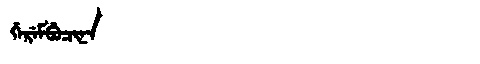
Manchu: ᡤᡝᡵᡝᠮᠪᡠᠴᡳᠨᠠ
Romanization: GEREMBUCINA